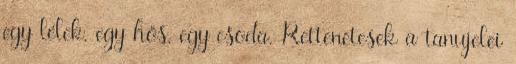
egy lélek, egy hős, egy csoda. Rettenetesek a tanujelei